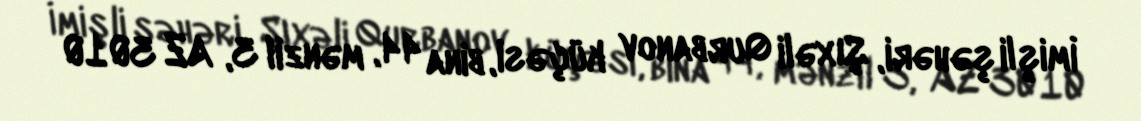
İmişli şəhəri, Şıxəli Qurbanov küçəsi, bina 44, mənzil 3, AZ 3010